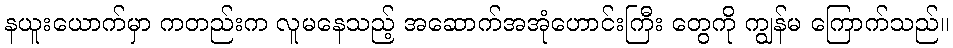
နယူးယောက်မှာ ကတည်းက လူမနေသည့် အဆောက်အအုံဟောင်းကြီး တွေကို ကျွန်မ ကြောက်သည်။